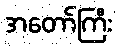
အတော်ကြီး